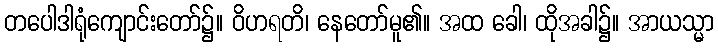
တပေါဒါရုံကျောင်းတော်၌။ ဝိဟရတိ၊ နေတော်မူ၏။ အထ ခေါ၊ ထိုအခါ၌။ အာယသ္မာ